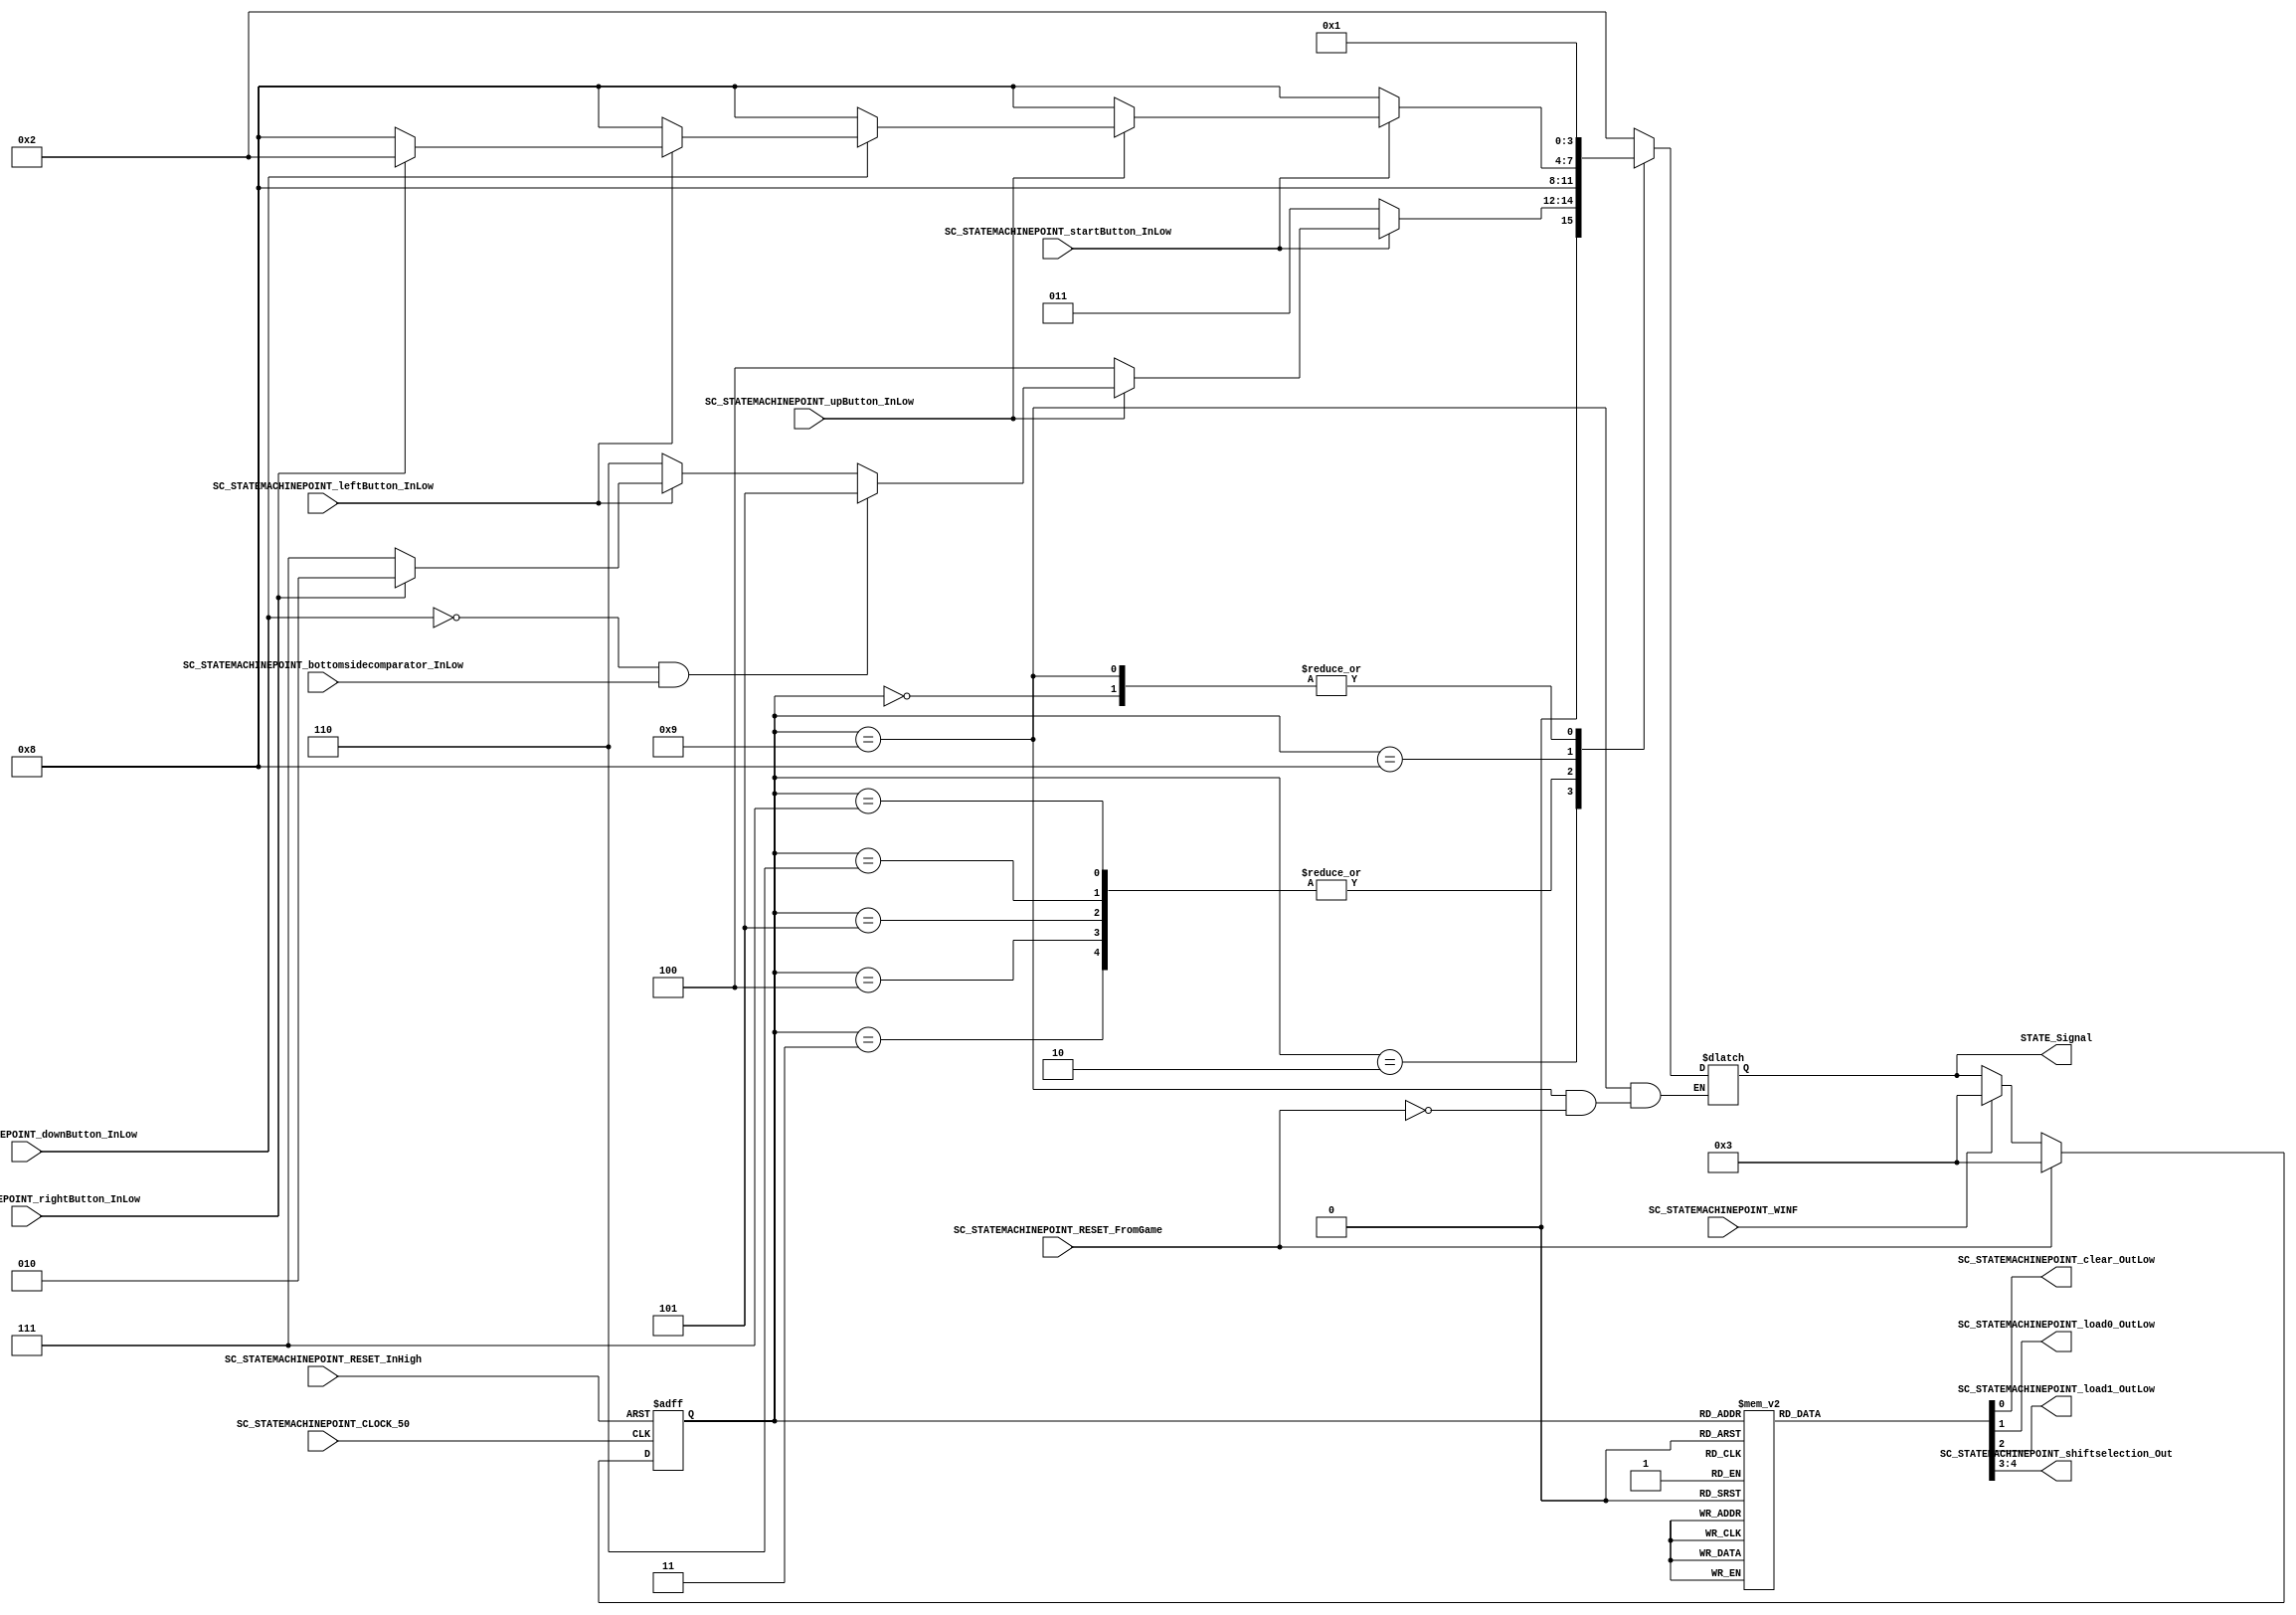
///*######################################################################
//#	G0B1T: HDL EXAMPLES. 2018.
//######################################################################
//# Copyright (C) 2018. F.E.Segura-Quijano (FES) fsegura@uniandes.edu.co
//# 
//# This program is free software: you can redistribute it and/or modify
//# it under the terms of the GNU General Public License as published by
//# the Free Software Foundation, version 3 of the License.
//#
//# This program is distributed in the hope that it will be useful,
//# but WITHOUT ANY WARRANTY; without even the implied warranty of
//# MERCHANTABILITY or FITNESS FOR A PARTICULAR PURPOSE.  See the
//# GNU General Public License for more details.
//#
//# You should have received a copy of the GNU General Public License
//# along with this program.  If not, see <http://www.gnu.org/licenses/>
//####################################################################*/
//=======================================================
//  MODULE Definition
//=======================================================
module SC_STATEMACHINEPOINT (
	//////////// OUTPUTS //////////
	SC_STATEMACHINEPOINT_clear_OutLow,
	SC_STATEMACHINEPOINT_load0_OutLow,
	SC_STATEMACHINEPOINT_load1_OutLow,
	SC_STATEMACHINEPOINT_shiftselection_Out,
	//////////// INPUTS //////////
	SC_STATEMACHINEPOINT_CLOCK_50,
	SC_STATEMACHINEPOINT_RESET_InHigh,
	SC_STATEMACHINEPOINT_startButton_InLow,
	SC_STATEMACHINEPOINT_upButton_InLow,
	SC_STATEMACHINEPOINT_downButton_InLow,
	SC_STATEMACHINEPOINT_leftButton_InLow,
	SC_STATEMACHINEPOINT_rightButton_InLow,
	SC_STATEMACHINEPOINT_bottomsidecomparator_InLow,
	SC_STATEMACHINEPOINT_RESET_FromGame,
	SC_STATEMACHINEPOINT_WINF,
	STATE_Signal
	
	
);	
//=======================================================
//  PARAMETER declarations
//=======================================================
// states declaration
localparam STATE_RESET_0									= 0;
localparam STATE_START_0									= 1;
localparam STATE_CHECK_0									= 2;
localparam STATE_INIT_0										= 3;
localparam STATE_UP_0										= 4;
localparam STATE_DOWN_0										= 5; 
localparam STATE_LEFT_0										= 6; 
localparam STATE_RIGHT_0									= 7;
localparam STATE_CHECK_1									= 8;

// OURS

localparam STATE_RESET_1 = 9;

//=======================================================
//  PORT declarations
//=======================================================
output reg		SC_STATEMACHINEPOINT_clear_OutLow;
output reg		SC_STATEMACHINEPOINT_load0_OutLow;
output reg		SC_STATEMACHINEPOINT_load1_OutLow;
output reg		[1:0] SC_STATEMACHINEPOINT_shiftselection_Out;
input			SC_STATEMACHINEPOINT_CLOCK_50;
input 			SC_STATEMACHINEPOINT_RESET_InHigh;
input			SC_STATEMACHINEPOINT_startButton_InLow;
input			SC_STATEMACHINEPOINT_upButton_InLow;
input			SC_STATEMACHINEPOINT_downButton_InLow;
input			SC_STATEMACHINEPOINT_leftButton_InLow;
input			SC_STATEMACHINEPOINT_rightButton_InLow;
input			SC_STATEMACHINEPOINT_bottomsidecomparator_InLow;

// OURS

input SC_STATEMACHINEPOINT_RESET_FromGame;
input SC_STATEMACHINEPOINT_WINF;


//=======================================================
//  REG/WIRE declarations
//=======================================================
reg [3:0] STATE_Register;
output reg [3:0] STATE_Signal;
//=======================================================
//  Structural coding
//=======================================================
//INPUT LOGIC: COMBINATIONAL
// NEXT STATE LOGIC : COMBINATIONAL
always @(*)
begin
	case (STATE_Register)
		STATE_RESET_0: STATE_Signal = STATE_START_0;
		STATE_START_0: STATE_Signal = STATE_CHECK_0;
		STATE_CHECK_0: if (SC_STATEMACHINEPOINT_startButton_InLow == 1'b0) STATE_Signal = STATE_INIT_0;
						else if (SC_STATEMACHINEPOINT_upButton_InLow == 1'b0) STATE_Signal = STATE_UP_0;
						else if (SC_STATEMACHINEPOINT_downButton_InLow == 1'b0 & (SC_STATEMACHINEPOINT_bottomsidecomparator_InLow == 1'b1)) STATE_Signal = STATE_DOWN_0;
						else if (SC_STATEMACHINEPOINT_leftButton_InLow == 1'b0) STATE_Signal = STATE_LEFT_0;
						else if (SC_STATEMACHINEPOINT_rightButton_InLow == 1'b0) STATE_Signal = STATE_RIGHT_0;
						else STATE_Signal = STATE_CHECK_0;
		STATE_INIT_0: 	STATE_Signal = STATE_CHECK_1;
		STATE_UP_0: 	STATE_Signal = STATE_CHECK_1;
		STATE_DOWN_0: 	STATE_Signal = STATE_CHECK_1;
		STATE_LEFT_0:  	STATE_Signal = STATE_CHECK_1;
		STATE_RIGHT_0:  STATE_Signal = STATE_CHECK_1;

		STATE_CHECK_1: if (SC_STATEMACHINEPOINT_startButton_InLow == 1'b0) STATE_Signal = STATE_CHECK_1;
						else if (SC_STATEMACHINEPOINT_upButton_InLow == 1'b0) STATE_Signal = STATE_CHECK_1;
						else if (SC_STATEMACHINEPOINT_downButton_InLow == 1'b0) STATE_Signal = STATE_CHECK_1;
						else if (SC_STATEMACHINEPOINT_leftButton_InLow == 1'b0) STATE_Signal = STATE_CHECK_1;
						else if (SC_STATEMACHINEPOINT_rightButton_InLow == 1'b0) STATE_Signal = STATE_CHECK_1;
						else STATE_Signal = STATE_CHECK_0;
						
		STATE_RESET_1: if (SC_STATEMACHINEPOINT_RESET_FromGame == 1'b1) STATE_Signal = STATE_START_0;

		default : 		STATE_Signal = STATE_CHECK_0;
	endcase
end
// STATE REGISTER : SEQUENTIAL
always @ ( posedge SC_STATEMACHINEPOINT_CLOCK_50 , posedge SC_STATEMACHINEPOINT_RESET_InHigh)
begin
	if (SC_STATEMACHINEPOINT_RESET_InHigh == 1'b1)
		STATE_Register <= STATE_RESET_0;
	else if (SC_STATEMACHINEPOINT_RESET_FromGame == 1'b1) // Si perd
		STATE_Register <= STATE_INIT_0;
	else if (SC_STATEMACHINEPOINT_WINF == 1'b1) // Si anide
		STATE_Register <= STATE_INIT_0;
	else
		STATE_Register <= STATE_Signal;
end
//=======================================================
//  Outputs
//=======================================================
// OUTPUT LOGIC : COMBINATIONAL
always @ (*)
begin
	case (STATE_Register)
//=========================================================
// STATE_RESET
//=========================================================
	STATE_RESET_0 :	
		begin
			SC_STATEMACHINEPOINT_clear_OutLow = 1'b1;
			SC_STATEMACHINEPOINT_load0_OutLow = 1'b1;
			SC_STATEMACHINEPOINT_load1_OutLow = 1'b1;
			SC_STATEMACHINEPOINT_shiftselection_Out  = 2'b11; 
		end
//=========================================================
// STATE_START
//=========================================================
	STATE_START_0 :	
		begin
			SC_STATEMACHINEPOINT_clear_OutLow = 1'b1;
			SC_STATEMACHINEPOINT_load0_OutLow = 1'b1;
			SC_STATEMACHINEPOINT_load1_OutLow = 1'b1;
			SC_STATEMACHINEPOINT_shiftselection_Out  = 2'b11; 
		end
//=========================================================
// STATE_CHECK
//=========================================================
	STATE_CHECK_0 :
		begin
			SC_STATEMACHINEPOINT_clear_OutLow = 1'b1;
			SC_STATEMACHINEPOINT_load0_OutLow = 1'b1;
			SC_STATEMACHINEPOINT_load1_OutLow = 1'b1;
			SC_STATEMACHINEPOINT_shiftselection_Out  = 2'b11; 
		end
//=========================================================
// STATE_CHECK
//=========================================================
	STATE_CHECK_1 :
		begin
			SC_STATEMACHINEPOINT_clear_OutLow = 1'b1;
			SC_STATEMACHINEPOINT_load0_OutLow = 1'b1;
			SC_STATEMACHINEPOINT_load1_OutLow = 1'b1;
			SC_STATEMACHINEPOINT_shiftselection_Out  = 2'b11; 
		end
//=========================================================
// STATE_INIT_0
//=========================================================
	STATE_INIT_0 :	
		begin
			SC_STATEMACHINEPOINT_clear_OutLow = 1'b0;
			SC_STATEMACHINEPOINT_load0_OutLow = 1'b1;
			SC_STATEMACHINEPOINT_load1_OutLow = 1'b1;
			SC_STATEMACHINEPOINT_shiftselection_Out  = 2'b11; 
		end
//=========================================================
// STATE_UP_0
//=========================================================
	STATE_UP_0 :	
		begin
			SC_STATEMACHINEPOINT_clear_OutLow = 1'b1;
			SC_STATEMACHINEPOINT_load0_OutLow = 1'b0;
			SC_STATEMACHINEPOINT_load1_OutLow = 1'b1;
			SC_STATEMACHINEPOINT_shiftselection_Out  = 2'b11; 
		end
//=========================================================
// STATE_DOWN_0
//=========================================================
	STATE_DOWN_0 :	
		begin
			SC_STATEMACHINEPOINT_clear_OutLow = 1'b1;
			SC_STATEMACHINEPOINT_load0_OutLow = 1'b1;
			SC_STATEMACHINEPOINT_load1_OutLow = 1'b0;
			SC_STATEMACHINEPOINT_shiftselection_Out  = 2'b11; 
		end
//=========================================================
// STATE_LEFT_0
//=========================================================
	STATE_LEFT_0 :	
		begin
			SC_STATEMACHINEPOINT_clear_OutLow = 1'b1;
			SC_STATEMACHINEPOINT_load0_OutLow = 1'b1;
			SC_STATEMACHINEPOINT_load1_OutLow = 1'b1;
			SC_STATEMACHINEPOINT_shiftselection_Out  = 2'b01; 
		end
//=========================================================
// STATE_RIGHT_0
//=========================================================
	STATE_RIGHT_0 :	
		begin
			SC_STATEMACHINEPOINT_clear_OutLow = 1'b1;
			SC_STATEMACHINEPOINT_load0_OutLow = 1'b1;
			SC_STATEMACHINEPOINT_load1_OutLow = 1'b1;
			SC_STATEMACHINEPOINT_shiftselection_Out  = 2'b10; 
		end
		
//=========================================================
// STATE_RESET_1
//=========================================================
	STATE_RESET_1 :	
		begin
			SC_STATEMACHINEPOINT_clear_OutLow = 1'b1;
			SC_STATEMACHINEPOINT_load0_OutLow = 1'b1;
			SC_STATEMACHINEPOINT_load1_OutLow = 1'b1;
			SC_STATEMACHINEPOINT_shiftselection_Out  = 2'b11; 
		end
//=========================================================
// DEFAULT
//=========================================================
	default :
		begin
			SC_STATEMACHINEPOINT_clear_OutLow = 1'b1;
			SC_STATEMACHINEPOINT_load0_OutLow = 1'b1;
			SC_STATEMACHINEPOINT_load1_OutLow = 1'b1;
			SC_STATEMACHINEPOINT_shiftselection_Out  = 2'b11; 
		end
	endcase
end
endmodule